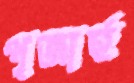
পূজার্হ